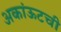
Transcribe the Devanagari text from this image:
अकांऊटची